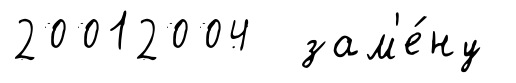
20012004 зам'е́ну